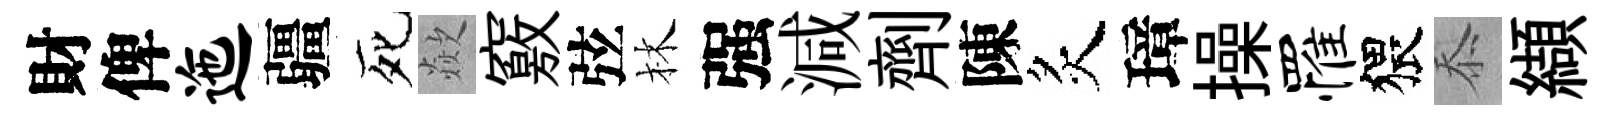
財俾迤疆死歘竅弦林强減劑陳炙璋操罹猥忝纈